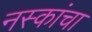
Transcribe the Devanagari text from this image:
नस्कांचा